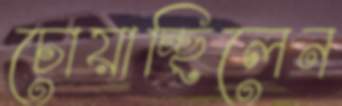
চোয়াচ্ছিলেন